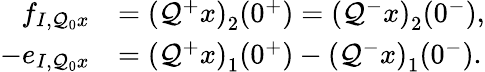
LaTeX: \begin{array}{rl}{f_{I,\mathcal{Q}_{0}x}}&{=\left(\mathcal{Q}^{+}x\right)_{2}(0^{+})=\left(\mathcal{Q}^{-}x\right)_{2}(0^{-}),}\\ {-e_{I,\mathcal{Q}_{0}x}}&{=\left(\mathcal{Q}^{+}x\right)_{1}(0^{+})-\left(\mathcal{Q}^{-}x\right)_{1}(0^{-}).}\end{array}